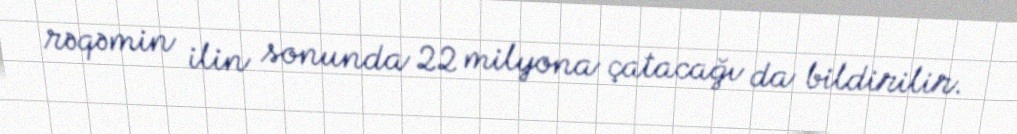
rəqəmin ilin sonunda 22 milyona çatacağı da bildirilir.